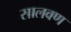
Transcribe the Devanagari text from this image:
सालवण